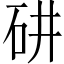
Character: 𥐹